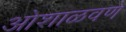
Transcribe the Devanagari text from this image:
ओशाळवणे